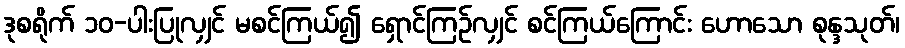
ဒုစရိုက် ၁၀-ပါးပြုလျှင် မစင်ကြယ်၍ ရှောင်ကြဉ်လျှင် စင်ကြယ်ကြောင်း ဟောသော စုန္ဒသုတ်၊